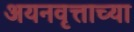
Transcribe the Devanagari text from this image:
अयनवृत्ताच्या